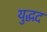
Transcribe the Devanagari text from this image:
युद्धद